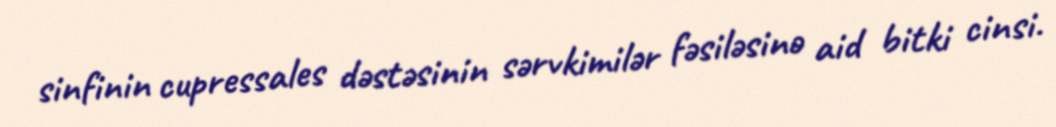
sinfinin cupressales dəstəsinin sərvkimilər fəsiləsinə aid bitki cinsi.